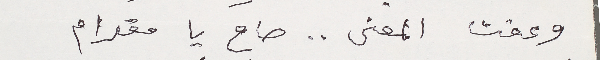
وعقت المعنى.. صاح يا مقدام